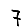
Digit: 7